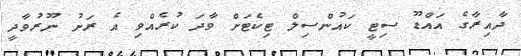
ދާއިރާގެ އައްޑޫ ސިޓީ ކައުންސިލް ޓިކެޓަށް ވާދަ ކުރެއްވި އެ ރަށު ނޫރުވާދީ